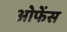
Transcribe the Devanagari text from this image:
ओफेंस